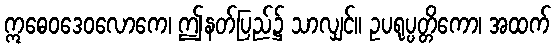
ဣဓေဝဒေဝလောကေ၊ ဤနတ်ပြည်၌ သာလျှင်။ ဥပရုပ္ပတ္တိကော၊ အထက်